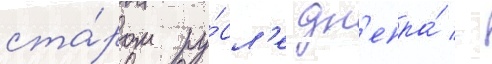
ста́ром ру́сл'е дн'епра́ -